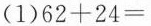
(1) $$6 2 + 2 4 =$$